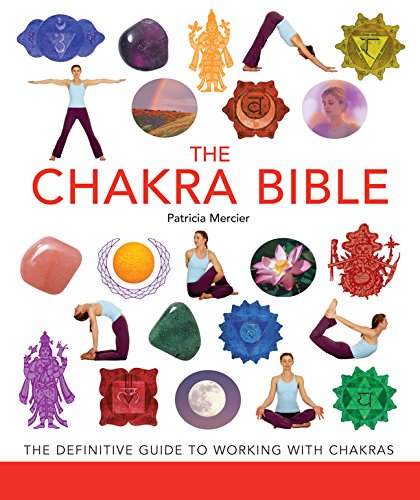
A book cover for The Chakra Bible: The Definitive Guide to Working with Chakras; Patricia Mercier; Health, Fitness & Dieting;